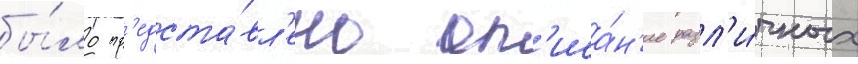
бы́ло пр'едста́вл'ено оп'иса́н'ие разл'и́чных